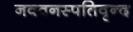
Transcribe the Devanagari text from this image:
नववनस्पतिवृन्द